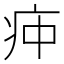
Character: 𰣣